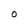
Character: 0